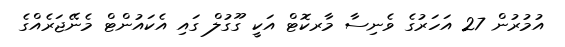
އުމުރުން 27 އަހަރުގެ ވެނިސާ މާރކޮޓް އަކީ ގޫގުލް ގައި އެކައުންޓް މެނޭޖަރެއްގެ